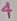
Text: 4